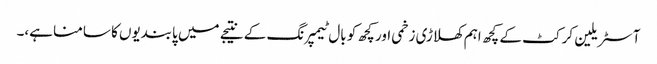
آسٹریلین کرکٹ کے کچھ اہم کھلاڑی زخمی اور کچھ کو بال ٹیمپرنگ کے نتیجے میں پابندیوں کا سامنا ہے،۔